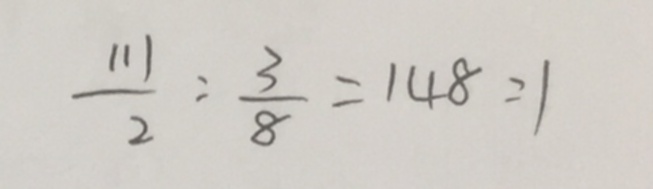
\frac { 1 1 1 } { 2 } : \frac { 3 } { 8 } = 1 4 8 : 1